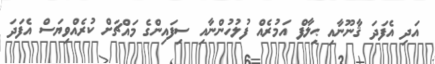
އަދި އެފަދަ ޤާނޫނާއި ޙިލާފް އަމުރެއް ފުލުހުންނާއި ސިފައިންގެ މައްޗަށް ކުރެއްވިޔަސް އެފަދަ